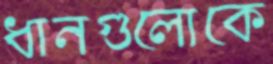
ধানগুলোকে